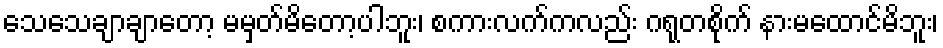
သေသေချာချာတော့ မမှတ်မိတော့ပါဘူး၊ စကားလက်ကလည်း ဂရုတစိုက် နားမထောင်မိဘူး၊